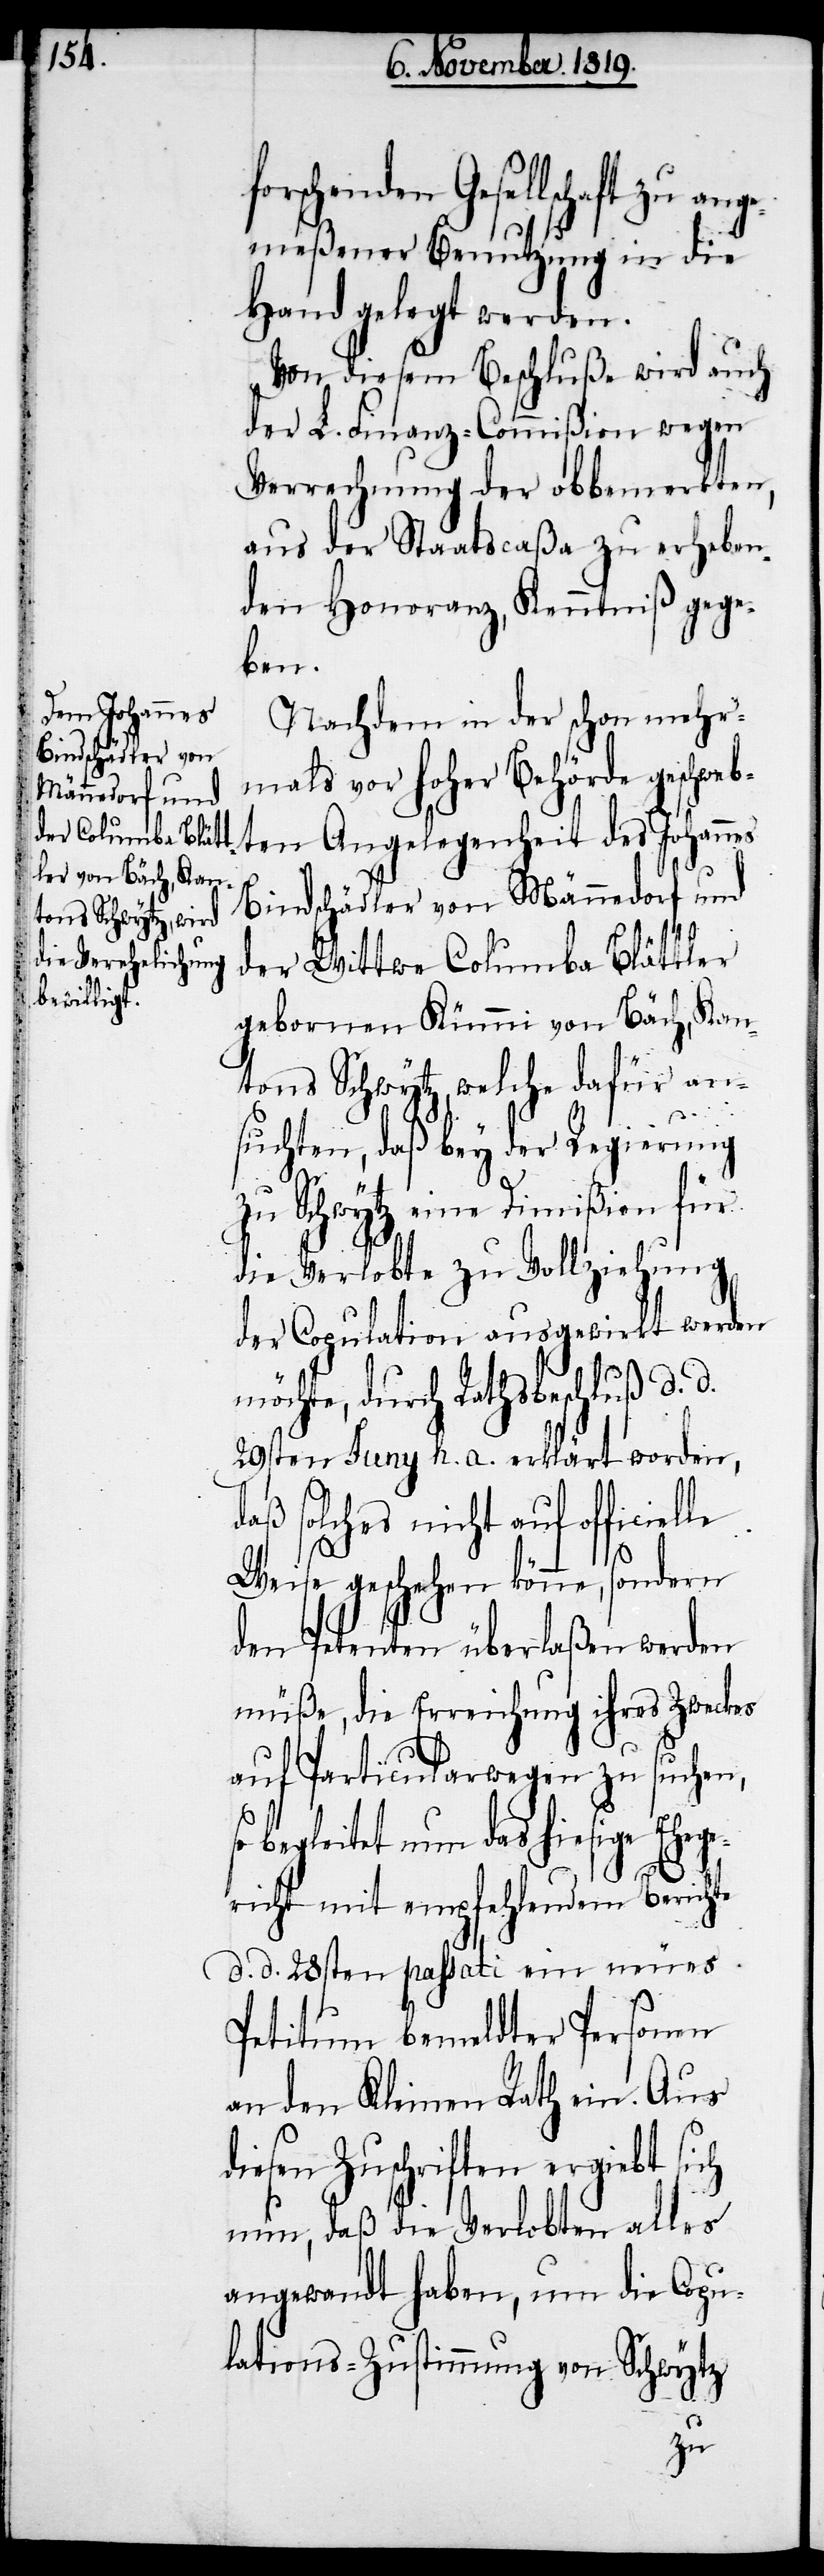
Gesellschaft zu an¬
gemeßener Benutzung in die
Hand gelegt werden.
Von diesem Beschluße wird auch
der L. Finanz-Commißion wegen
Verrechnung der obbemerkten,
aus der Statscaßa zu erheben¬
den Honoranz, Kenntniß gege¬
ben.
Nachdem in der schon mehr¬
mals vor hoher Behörde geschweb¬
ten Angelegenheit des Johannes
Bindschädler von Männedorf und
der Wittwe Columba Blättler
gebornen Kümmi von Bäch, Kan¬
tons Schwytz, welche dafür an¬
suchte, daß bey der Regierung
zu Schwytz eine Dimißion für
die Verlobte zu Vollziehung
der Copulation ausgewirkt werden
möchte, durch Rathsbeschluß d. d.
29sten Juny h. a. erklärt worden,
daß solches nicht auf officielle
Weise geschehen könne, sondern
den Petenten überlaßen werden
müße, die Erreichung ihres Zweckes
auf Particularwegen zu suchen,
so begleitet nun das hiesige Ehege¬
richt mit empfehlendem Berichte
d. d. 28sten passati ein neues
Petitum bemeldter Personen
an den Kleinen Rath ein. Aus
diesen Zuschriften ergiebt sich
nun, daß die Verlobten alles
angewandt haben, um die Copu¬
lations-Zustimmung von Schwytz